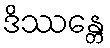
ဒိဿန္တေ